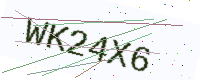
Text: WK24X6